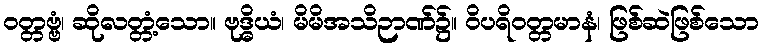
ဝတ္တဗ္ဗံ၊ ဆိုလတ္တံ့သော။ ဗုဒ္ဓိယံ၊ မိမိအသိဉာဏ်၌။ ဝိပရိဝတ္တမာနံ၊ ဖြစ်ဆဲဖြစ်သော